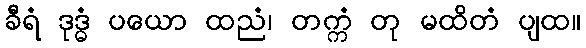
ခီရံ ဒုဒ္ဓံ ပယော ထညံ၊ တက္ကံ တု မထိတံ ပျထ။